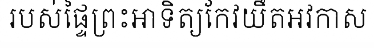
របស់ផ្ទៃព្រះអាទិត្យកែវយឹតអវកាស